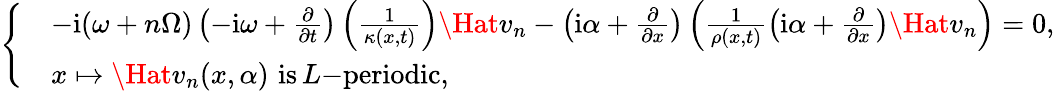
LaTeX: \left\{ \begin{array}{rl}&{-\mathrm{i}{(\omega+n\Omega)}\left(-\mathrm{i}\omega+\frac{\partial}{\partial t}\right)\left(\frac{1}{\kappa(x,t)}\right)\Hat{v}_{n}-\left(\mathrm{i}\alpha+\frac{\partial}{\partial x}\right)\left(\frac{1}{\rho(x,t)}\left(\mathrm{i}\alpha+\frac{\partial}{\partial x}\right)\Hat{v}_{n}\right)=0,}\\ &{x\mapsto\Hat{v}_{n}(x,\alpha)\, \, \mathrm{is}\, L\mathrm{-periodic},}\end{array}\right.